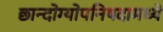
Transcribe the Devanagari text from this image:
छान्दोग्योपनिषदामध्ये